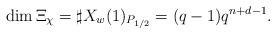
LaTeX: \begin{align*}\dim \Xi_{\chi} = \sharp X_w(1)_{P_{1/2}} = (q-1)q^{n+d-1}.\end{align*}